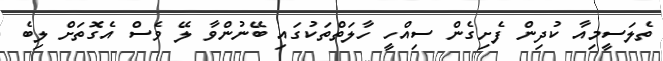
ތެލަސީމިއާ ކުދިން ފެށިގެން ސިއްހީ ހާލަތްތަކުގައި ބޭނުންވާ ލޭ ވެސް އެގޮތަށް ލިބެ